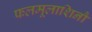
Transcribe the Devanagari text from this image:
फलमूलाशिनौ